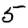
Digit: 5